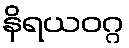
နိရယဝဂ္ဂ